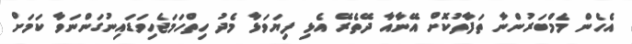
އެހެން މެމްބަރުންނާ ތަފާތުކޮށް އޭނާއާ ދޭތެރޭ އެޅި ފިޔަވަޅާ މެދު ހިތްހަމަޖެހިވަޑައިނުގަންނަވާ ކަމަށް